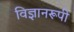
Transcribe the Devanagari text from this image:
विज्ञानरूपी